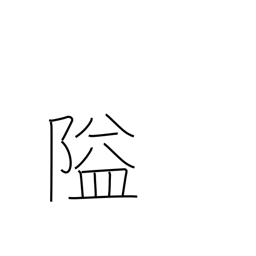
Meaning: obstruct